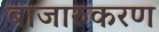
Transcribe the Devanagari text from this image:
बाजारुकरण